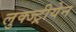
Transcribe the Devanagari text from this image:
लुक्ज्ट्रीयेन